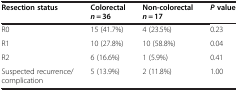
| Resection status | Colorectaln = 36 | Non-colorectaln = 17 | P value |
 | --- | --- | --- | --- |
 | R0 | 15 (41.7%) | 4 (23.5%) | 0.23 |
 | R1 | 10 (27.8%) | 10 (58.8%) | 0.04 |
 | R2 | 6 (16.6%) | 1 (5.9%) | 0.41 |
 | Suspected recurrence/ complication | 5 (13.9%) | 2 (11.8%) | 1.00 |